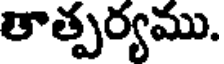
తాత్పర్యము.